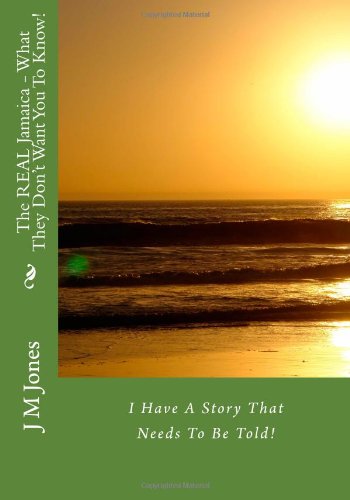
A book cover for The REAL Jamaica - What They Don't Want You To Know!; J M Jones; Travel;